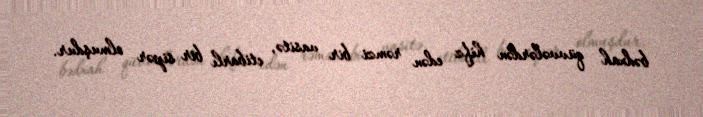
bədxah qüvvələrdən hifz edən rəmzi bir vasitə, etibarlı bir sipər olmuşdur.